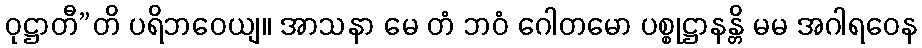
ဝုဋ္ဌာတီ”တိ ပရိဘဝေယျ။ အာသနာ မေ တံ ဘဝံ ဂေါတမော ပစ္စုဋ္ဌာနန္တိ မမ အဂါရဝေန